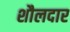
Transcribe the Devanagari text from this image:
शौलदार